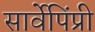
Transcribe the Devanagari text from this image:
सार्वेपिंप्री